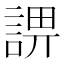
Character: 𧨬